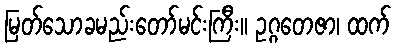
မြတ်သောခမည်းတော်မင်းကြီး။ ဥဂ္ဂတေဇာ၊ ထက်